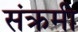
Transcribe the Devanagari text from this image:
संक्रमी